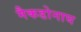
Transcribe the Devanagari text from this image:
मैकडोनाघ